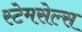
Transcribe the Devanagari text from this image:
स्टेमसेल्स